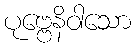
ပုဗ္ဗေနိဝါသော